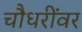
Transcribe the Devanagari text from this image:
चौधरींवर